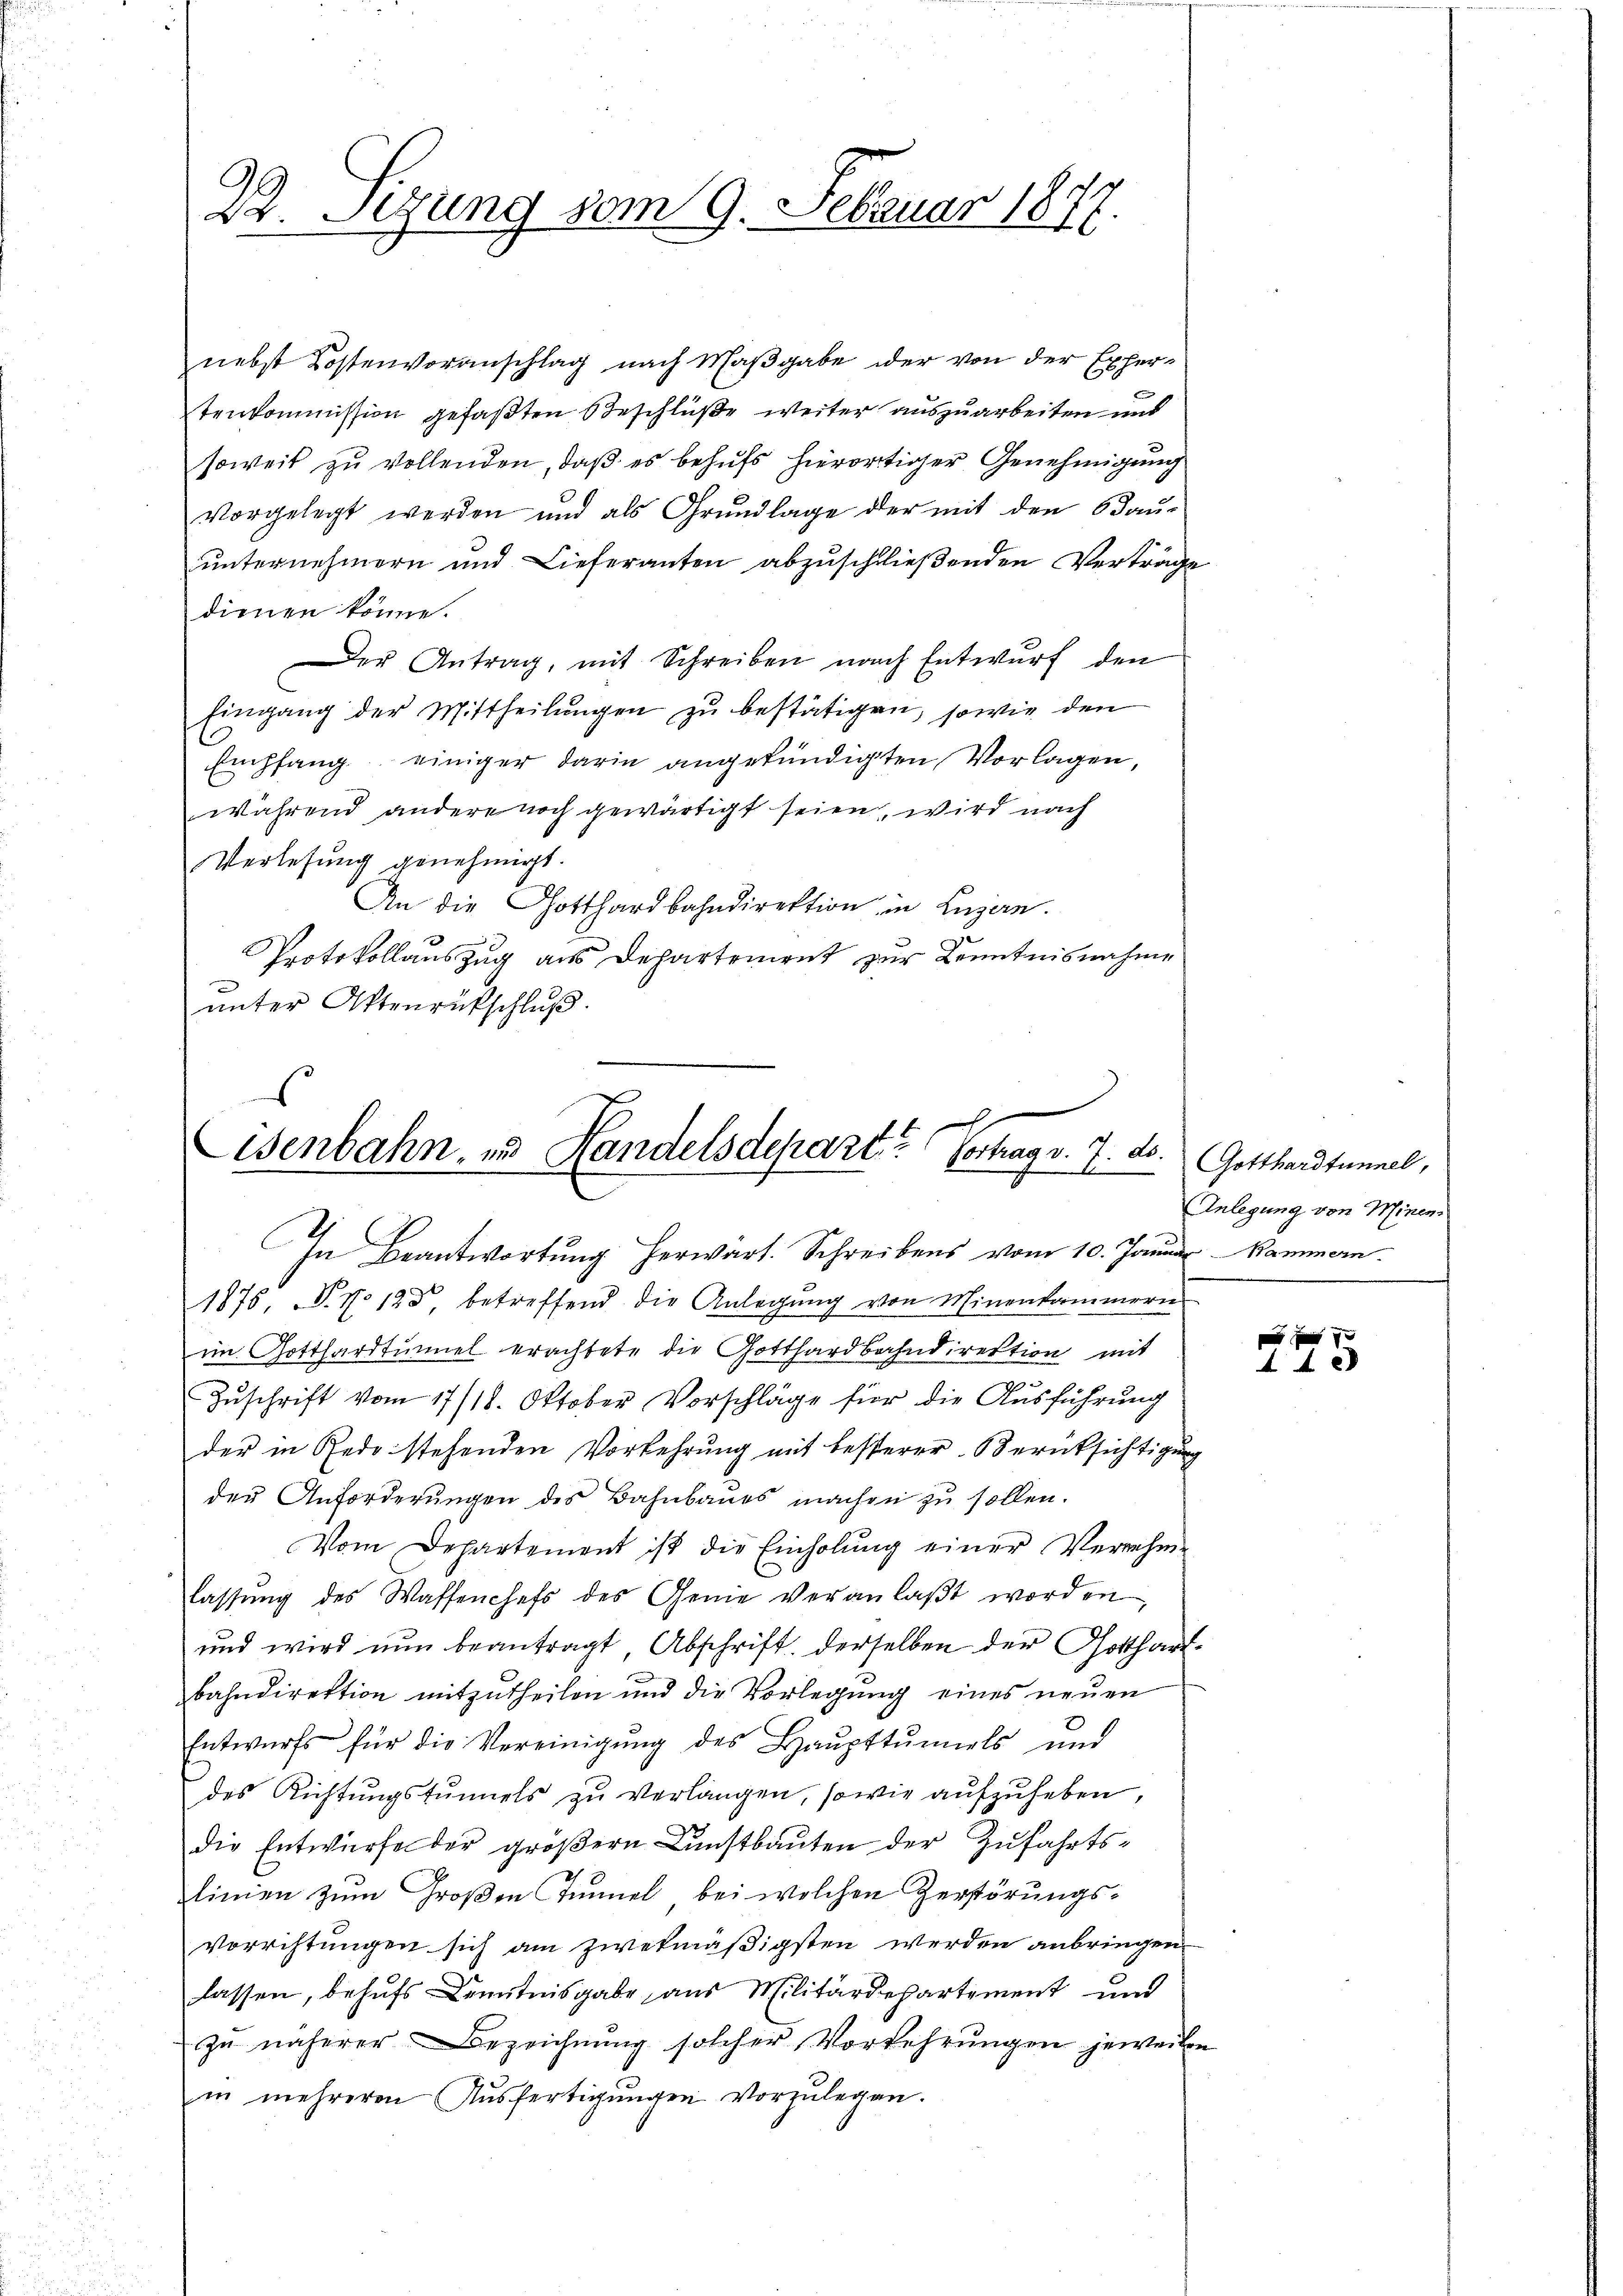
22. Sizung vom 9. Februar 1877.

nebst Kostenvoranschlag nach Maßgabe der von der Expertenkommission gefaßten Beschlüße weiter auszuarbeiten und
soweit zu vollenden, daß es behufs hierortiger Genehmigung
vorgelegt werden und als Grundlage der mit den Odaŭ-
unternehmern und Lieferanten abzuschließenden Verträge
dienen könne.
Der Antrag, mit Schreiben nach Entwurf den
Eingang der Mittheilŭngen zu bestätigen, sowie den
Empfang einiger darin angekündigten Vorlagen,
während andere noch gewärtigt seien, wird nach
Verlesung genehmigt.
An die Gotthardbahndirektion in Luzern.
Protokollauszug aus Departement zur Kenntnisnahme
ŭnter Aktenrufschlŭβ

¬
x
Eisenbahn, und Handelsdepart? Vortrag v. 7. ds.
In Beantwortung herwart. Schreibens vom 10. Januar Kammern.

1875, N. N. 123 betreffend die Anlegŭng von Minenkammern
im Gotthardtunnel erachtete die Gotthardbahndirektion mit
Zuschrift vom 17/18. Oktober Vorschläge für die Ausführung
der in Rede stehenden Vorkehrung mit besterer Berücksichtigung
der Anforderungen des Bahnbaues machen zu sollen.
Vom Departement ist die Einholung einer Vernehm-
lassŭng des Waffenchefs des Genie veranlaβt worden
und wird nun beantragt Abschrift derselben der Gotthartbahndirektion mitzutheilen und die Vorlegung eines neuen
Entwurfs für die Vereinigŭng des Haŭpttŭmiels und
des Richtungstunnels zu verlangen, sowie aufzuheben,
die Entwurfe der größern Dunstbauten der Zufahrtslinien zŭm Groβen Tunnel bei welchen Zerstörŭngs-
vorrichtungen sich am zwekmäßigsten werden anbringen.
lassen, behufs Kenntnisgabe aus Militärdepartement und
zŭ näherer Bezeichnŭng solcher Vorkehrŭngen jeweiben
in mehreren Aŭsfertigŭngen vorzŭlegen.

Gotthardtunnel,
Anlegung von Minen.

xx
44 x